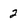
Character: 2